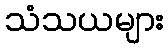
သံသယများ